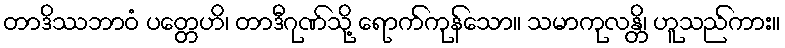
တာဒိဿဘာဝံ ပတ္တေဟိ၊ တာဒီဂုဏ်သို့ ရောက်ကုန်သော။ သမာကုလန္တိ၊ ဟူသည်ကား။